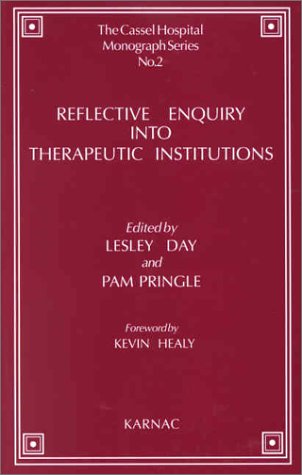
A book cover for Reflective Enquiry into Therapeutic Institutions (Cassel Hospital Monograph); Medical Books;